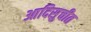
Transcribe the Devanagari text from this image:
आदिसुचीत